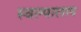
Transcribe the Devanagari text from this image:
स्वल्पालाप